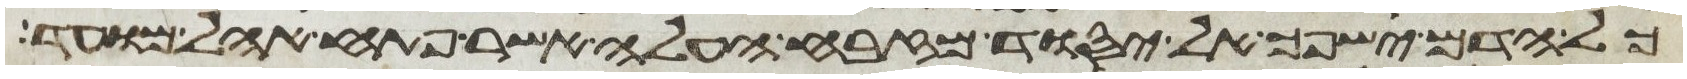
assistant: כל הדם ישפך אל יסוד מזבח העלה אשר פתח אהל מועד